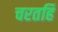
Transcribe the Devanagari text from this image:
चरतहिं